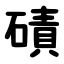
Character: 磧